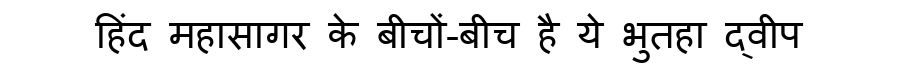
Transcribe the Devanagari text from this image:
हिंद महासागर के बीचों-बीच है ये भुतहा द्वीप